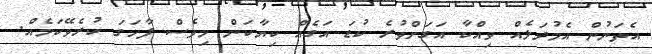
އެތަނުން އެމުދަލެއް ވިއްކާ އަގަށްވުރެ ކުޑަ އަގެއް ކިޔާކަން މިވެސް ފާހަގަ ކުރެވޭކަމެއް.